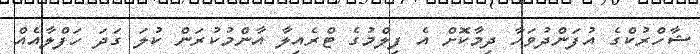
ޝާހްރުކްގެ އުފަންދުވަހާ ދިމާކޮށް އެ ފިލްމުގެ ޓްރެއިލާ އާންމުކުރަން ކުލަ ގަދަ ހަފްލާއެއް